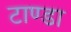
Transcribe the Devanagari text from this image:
टाण्‍डा